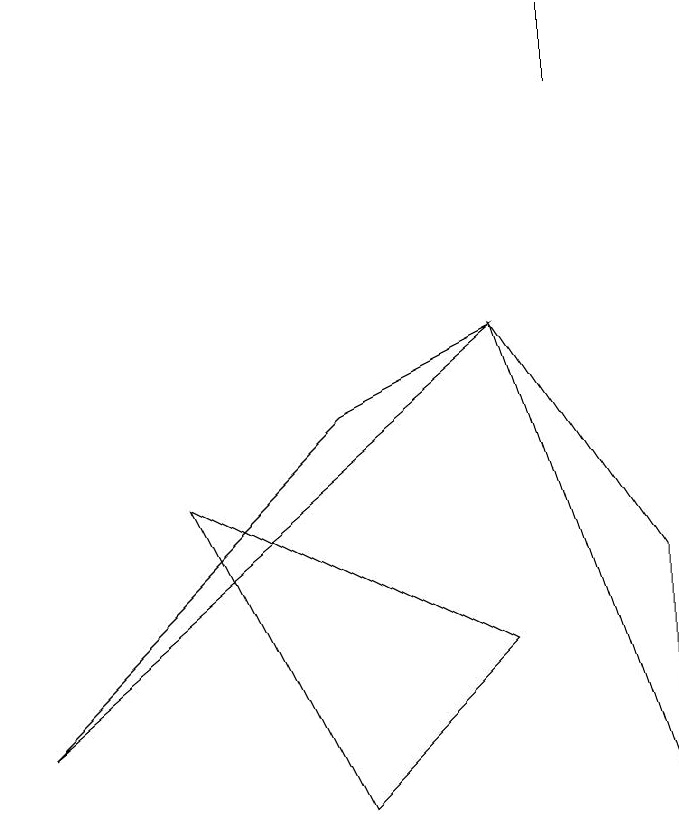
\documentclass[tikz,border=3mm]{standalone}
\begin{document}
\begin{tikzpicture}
\draw (7,12) rectangle (7,13);
\draw (4,8) -- (6,9) -- (0,4) -- cycle;
\draw (6,9) -- (8,3) -- (8,6) -- cycle;
\draw (4,3) -- (2,7) -- (6,5) -- cycle;
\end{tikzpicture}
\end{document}